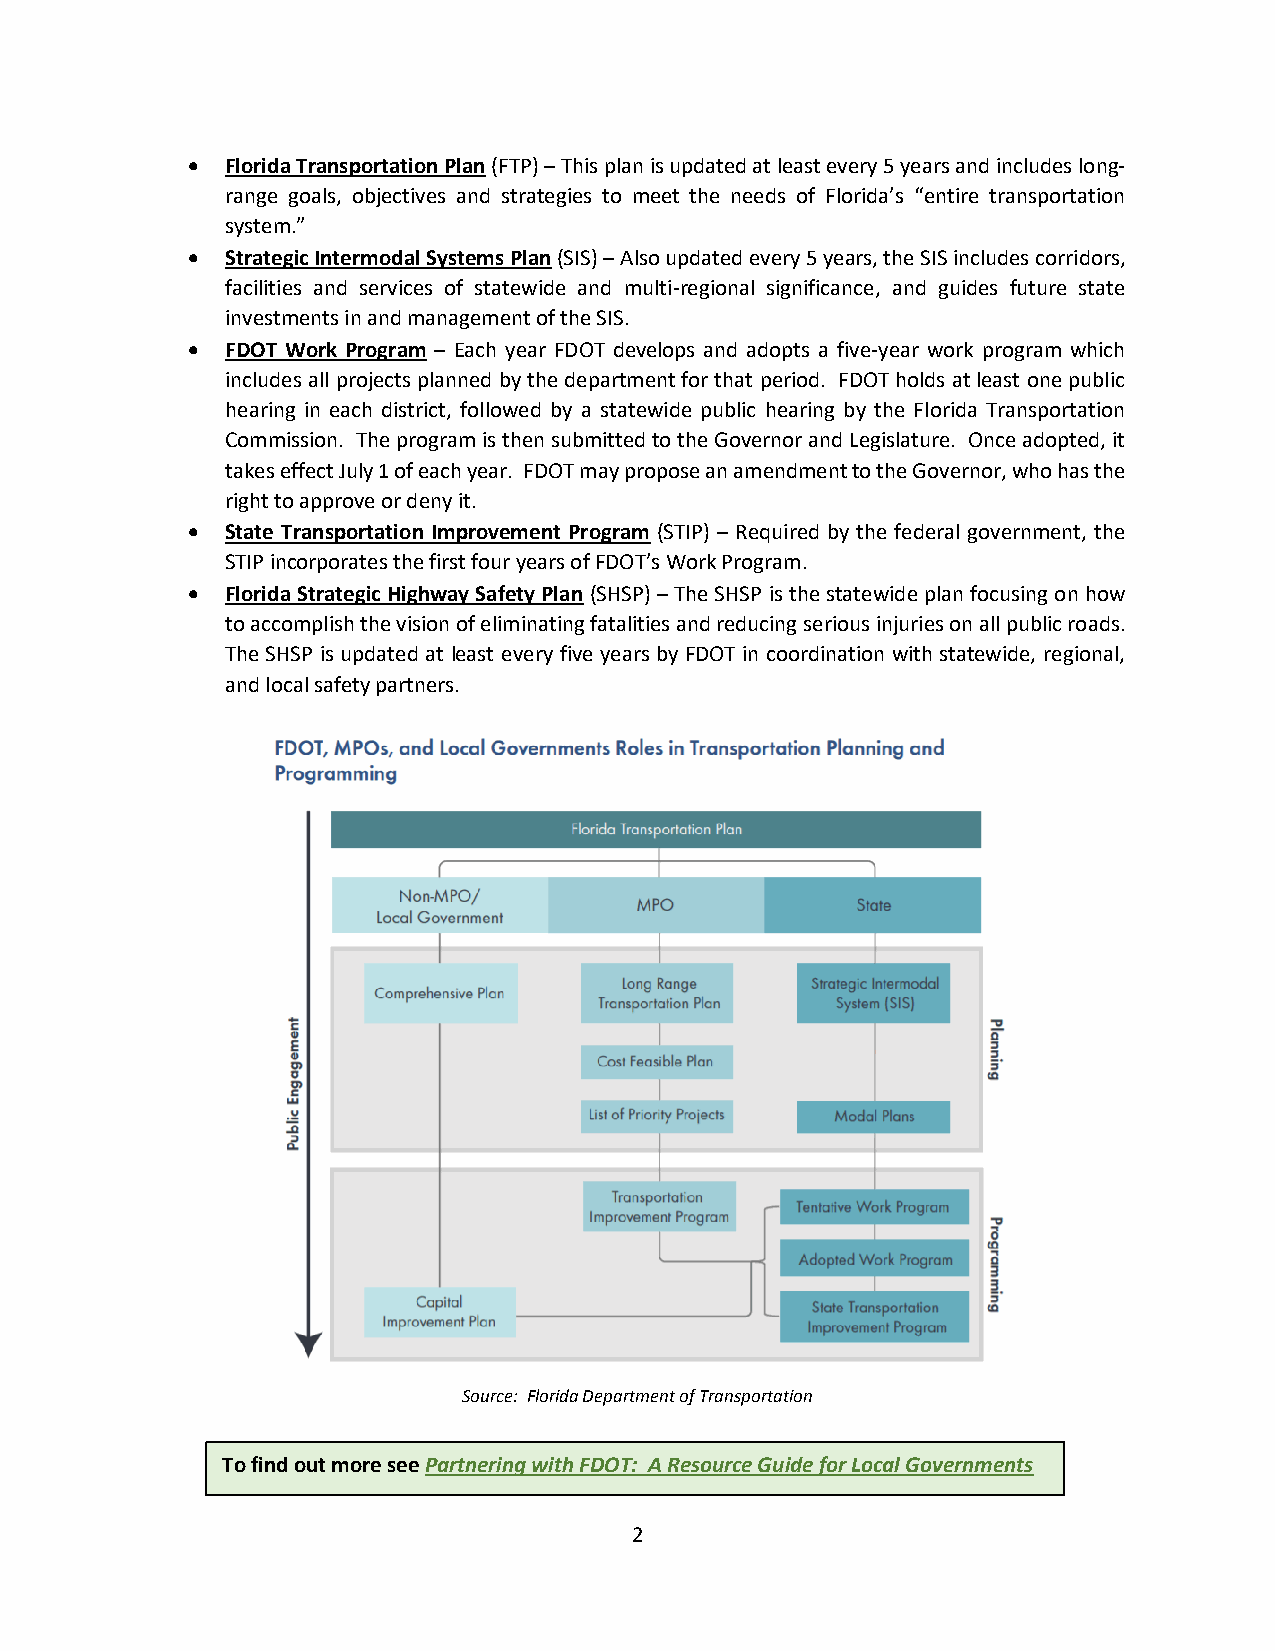
•  Florida Transportation Plan (FTP) – This plan is updated at least every 5 years and includes long-
 range goals, objectives and strategies to meet the needs of Florida’s “entire transportation
 system.”
 •  Strategic Intermodal Systems Plan (SIS) – Also updated every 5 years, the SIS includes corridors,
 facilities and services of statewide and multi-regional significance, and guides future state
 investments in and management of the SIS.
 •  FDOT Work Program – Each year FDOT develops and adopts a five-year work program which
 includes all projects planned by the department for that period. FDOT holds at least one public
 hearing in each district, followed by a statewide public hearing by the Florida Transportation
 Commission. The program is then submitted to the Governor and Legislature. Once adopted, it
 takes effect July 1 of each year. FDOT may propose an amendment to the Governor, who has the
 right to approve or deny it.
 •  State Transportation Improvement Program (STIP) – Required by the federal government, the
 STIP incorporates the first four years of FDOT’s Work Program.
 •  Florida Strategic Highway Safety Plan (SHSP) – The SHSP is the statewide plan focusing on how
 to accomplish the vision of eliminating fatalities and reducing serious injuries on all public roads.
 The SHSP is updated at least every five years by FDOT in coordination with statewide, regional,
 and local safety partners.
 Source: Florida Department of Transportation
 To find out more see Partnering with FDOT: A Resource Guide for Local Governments
 2